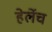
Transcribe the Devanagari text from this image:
हेर्लेच